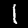
Digit: 1